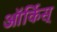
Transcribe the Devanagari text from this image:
ऑर्किस्